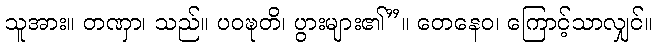
သူအား။ တဏှာ၊ သည်။ ပဝဍ္ဎတိ၊ ပွားများ၏”။ တေနေဝ၊ ကြောင့်သာလျှင်။